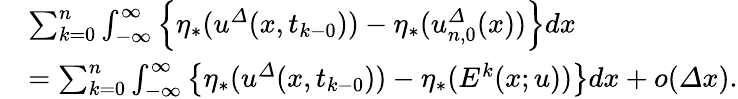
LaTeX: \begin{array}{rl}&{\sum_{k=0}^{n}\int_{-\infty}^{\infty}\left\{ \eta_{\ast}({u}^{\varDelta}(x,t_{k-0}))-\eta_{\ast}({u}_{n,0}^{\varDelta}(x))\right\} dx}\\ &{=\sum_{k=0}^{n}\int_{-\infty}^{\infty}\left\{ \eta_{\ast}({u}^{\varDelta}(x,t_{k-0}))-\eta_{\ast}(E^{k}(x;u))\right\} dx+o({\varDelta}x).}\end{array}